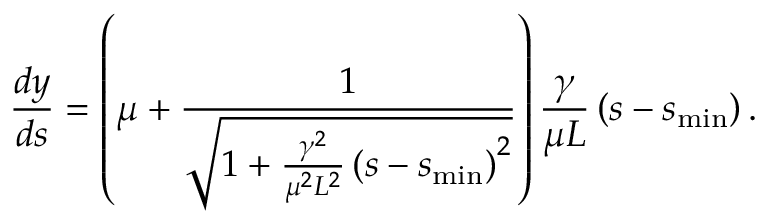
\frac { d y } { d s } = \left( \mu + \frac { 1 } { \sqrt { 1 + \frac { \gamma ^ { 2 } } { \mu ^ { 2 } L ^ { 2 } } \left( s - s _ { \mathrm { m i n } } \right) ^ { 2 } } } \right) \frac { \gamma } { \mu L } \left( s - s _ { \mathrm { m i n } } \right) .